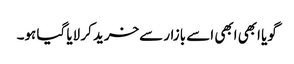
گویا ابھی ابھی اسے بازار سےخرید کر لایا گیا ہو۔